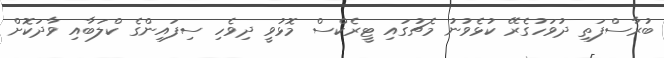
ބުރާސްފަތި ދުވަހުގެރޭ ކުޅެވުނު މެޗުގައި ޓީރެކްސް މޮޅުވީ ދިވެހި ސިފައިންގެ ކްލަބާއި ވާދަކޮށް